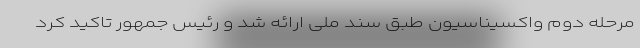
مرحله دوم واکسیناسیون طبق سند ملی ارائه شد و رئیس جمهور تاکید کرد